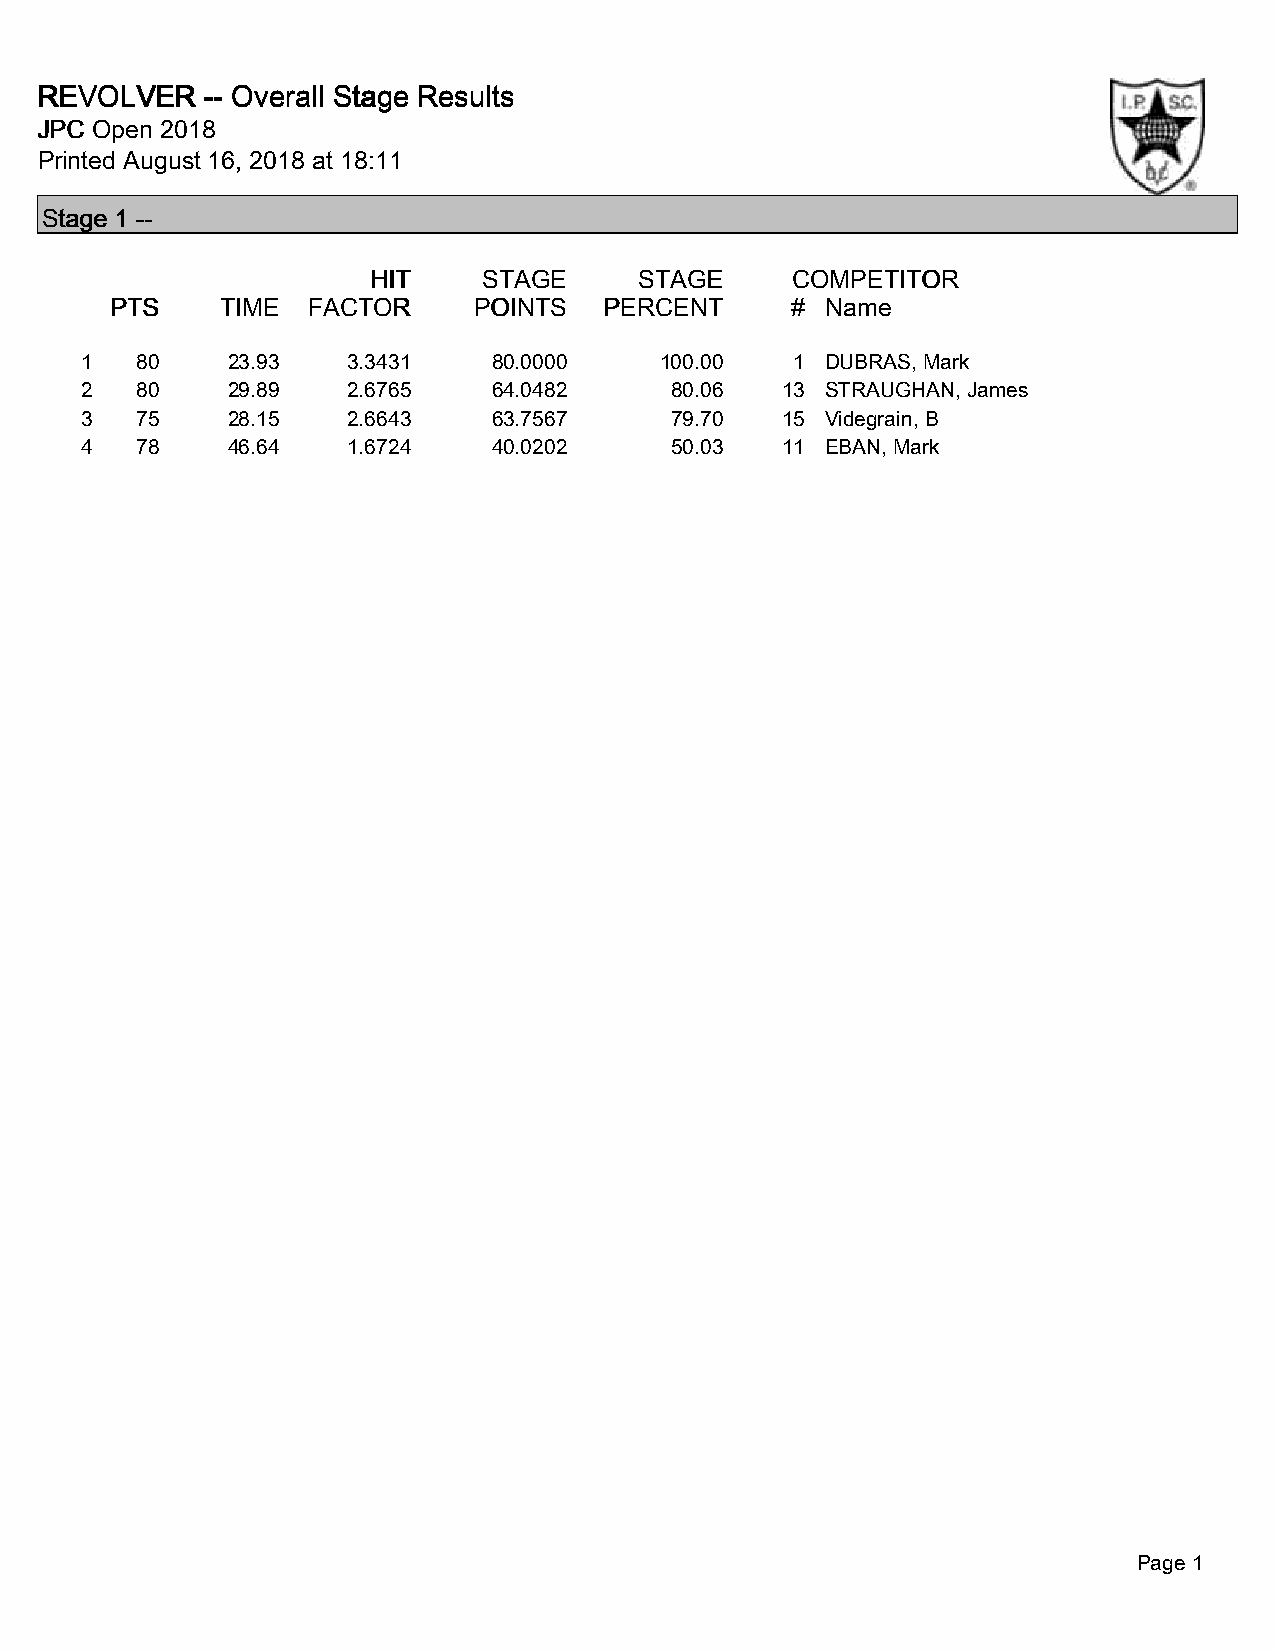
RRRREEEEVVVVOOOOLLLLVVVVEEEERRRR -------- OOOOvvvveeeerrrraaaallllllll SSSSttttaaaaggggeeee RRRReeeessssuuuullllttttssss
 JJJJPPPPCCCC OOOOppppeeeennnn 2222000011118888
 Printed August 16, 2018 at 18:11
 SSSSttttaaaaggggeeee 1111 --------
 HHHHIIIITTTT SSSSTTTTAAAAGGGGEEEE SSSSTTTTAAAAGGGGEEEE CCCCOOOOMMMMPPPPEEEETTTTIIIITTTTOOOORRRR
 PPPPTTTTSSSS TTTTIIIIMMMMEEEE FFFFAAAACCCCTTTTOOOORRRR PPPPOOOOIIIINNNNTTTTSSSS PPPPEEEERRRRCCCCEEEENNNNTTTT #### NNNNaaaammmmeeee
 1   80    23.93   3.3431    80.0000    100.00   1 DUBRAS, Mark
 2   80    29.89   2.6765    64.0482    80.06   13 STRAUGHAN, James
 3   75    28.15   2.6643    63.7567    79.70   15 Videgrain, B
 4   78    46.64   1.6724    40.0202    50.03   11 EBAN, Mark
 Page 1